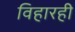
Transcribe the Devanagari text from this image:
विहारही